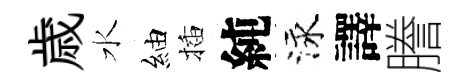
歳水紬插純泳譯謄